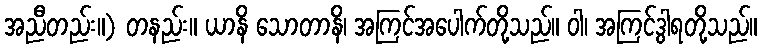
အညီတည်း။) တနည်း။ ယာနိ သောတာနိ၊ အကြင်အပေါက်တို့သည်။ ဝါ၊ အကြင်ဒွါရတို့သည်။